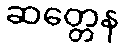
ဆတ္တေန